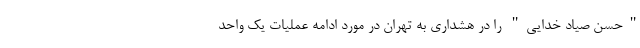
"حسن صیاد خدایی" را در هشداری به تهران در مورد ادامه عملیات یک واحد